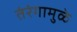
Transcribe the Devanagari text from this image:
तंरंगामुळे